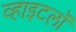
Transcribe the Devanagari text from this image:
व्हाइटलॉ